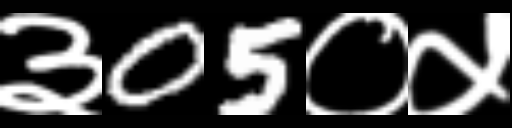
Text: ३05०५